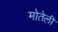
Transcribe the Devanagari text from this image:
मोतेली